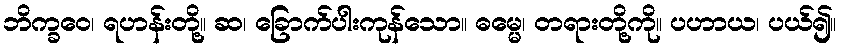
ဘိက္ခဝေ၊ ရဟန်းတို့။ ဆ၊ ခြောက်ပါးကုန်သော။ ဓမ္မေ၊ တရားတို့ကို။ ပဟာယ၊ ပယ်၍။